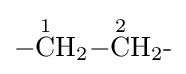
{{-}{\overset {1}{\mathrm {C} }}\mathrm {H} {\vphantom {A}}_{\smash[{t}]{2}}{-}{\overset {2}{\mathrm {C} }}\mathrm {H} {\vphantom {A}}_{\smash[{t}]{2}}{\text{-}}}